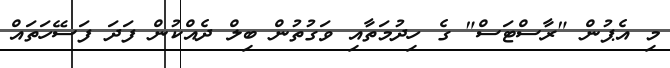
މި އެޕުން "ރާސްޓަސް" ގެ ހިދުމަތާއި ވަގުތުން ބިލް ދެއްކުން ފަދަ ފަސޭހަތައް